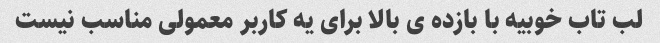
لب تاب خوبیه با بازده ی بالا برای یه کاربر معمولی مناسب نیست